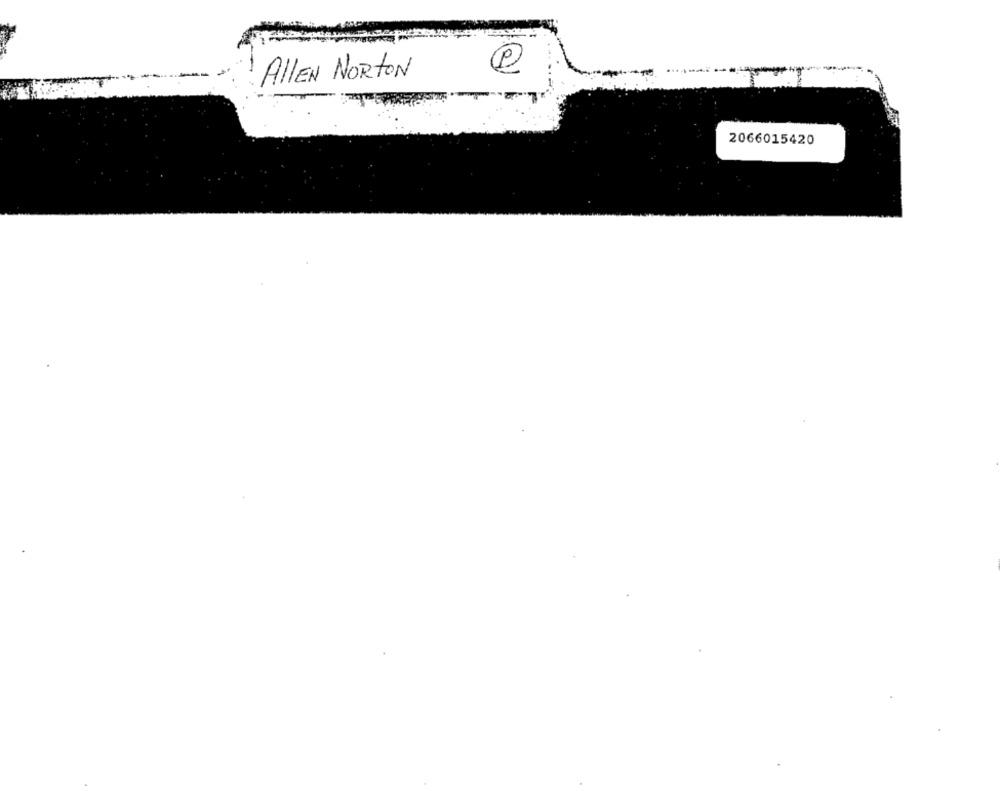
AllEN NORTON
2066015420